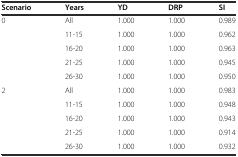
<table><thead><tr><td><b>Scenario</b></td><td><b>Years</b></td><td><b>YD</b></td><td><b>DRP</b></td><td><b>SI</b></td></tr></thead><tbody><tr><td>0</td><td>All</td><td>1.000</td><td>1.000</td><td>0.989</td></tr><tr><td></td><td>11-15</td><td>1.000</td><td>1.000</td><td>0.962</td></tr><tr><td></td><td>16-20</td><td>1.000</td><td>1.000</td><td>0.963</td></tr><tr><td></td><td>21-25</td><td>1.000</td><td>1.000</td><td>0.945</td></tr><tr><td></td><td>26-30</td><td>1.000</td><td>1.000</td><td>0.950</td></tr><tr><td>2</td><td>All</td><td>1.000</td><td>1.000</td><td>0.983</td></tr><tr><td></td><td>11-15</td><td>1.000</td><td>1.000</td><td>0.948</td></tr><tr><td></td><td>16-20</td><td>1.000</td><td>1.000</td><td>0.943</td></tr><tr><td></td><td>21-25</td><td>1.000</td><td>1.000</td><td>0.914</td></tr><tr><td></td><td>26-30</td><td>1.000</td><td>1.000</td><td>0.932</td></tr></tbody></table>